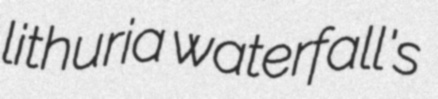
lithuria waterfall's